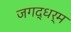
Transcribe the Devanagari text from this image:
जगद्धर्म